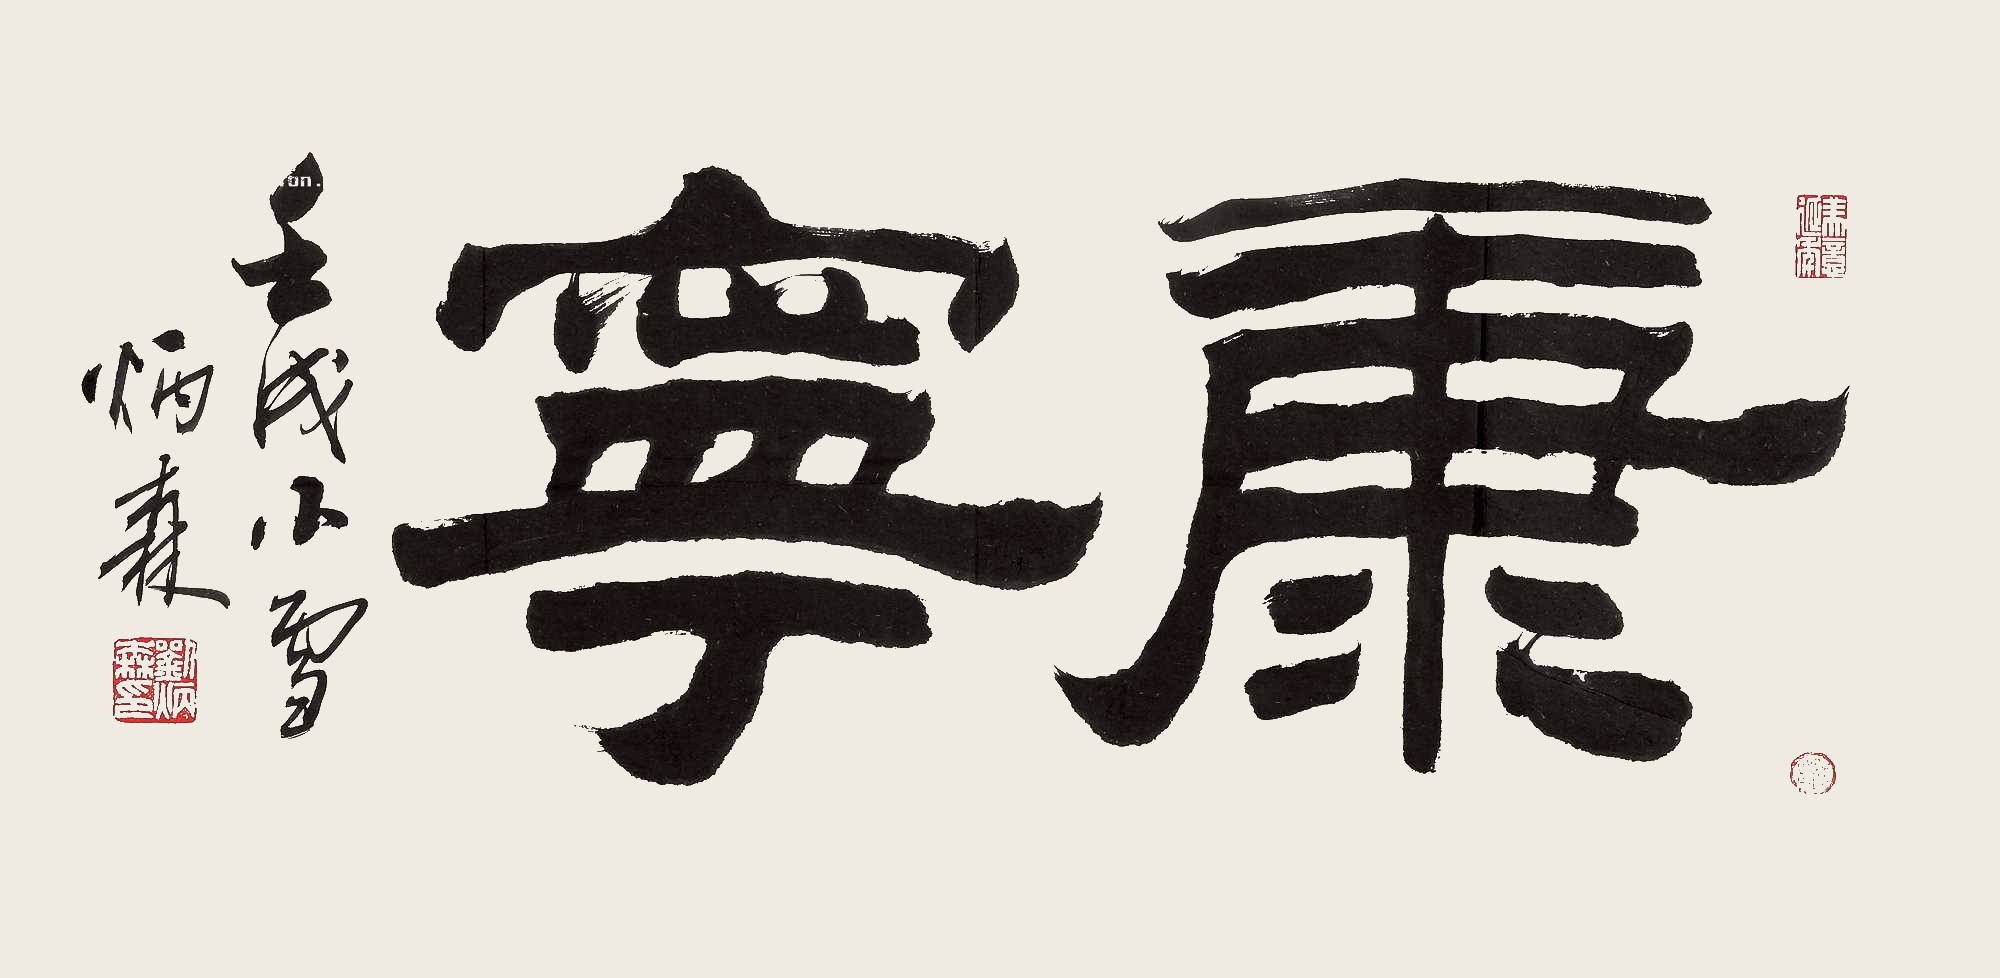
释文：康宁壬戌小雪，炳森。